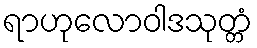
ရာဟုလောဝါဒသုတ္တံ